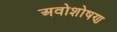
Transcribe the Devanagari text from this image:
अवोशोषण